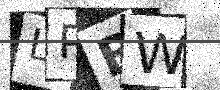
Text: LPBW